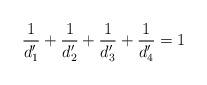
LaTeX: \begin{align*}\frac{1}{d'_1} + \frac{1}{d'_2} + \frac{1}{d'_3} + \frac{1}{d'_4} = 1\end{align*}